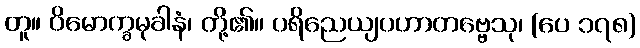
တူ။ ဝိမောက္ခမုခါနံ၊ တို့၏။ ပရိညေယျပဟာတဗ္ဗေသု၊ (ပေ ၁၇၈)